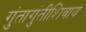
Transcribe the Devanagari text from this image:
गुंतागुंतीशिवाय